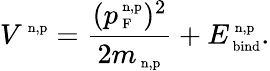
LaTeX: V^{\mathrm{\scriptsize~n,p}}=\frac{(p_{\mathrm{\scriptsize~F}}^{\mathrm{\scriptsize~n,p}})^{2}}{2m_{\mathrm{\scriptsize~n,p}}}+E_{\mathrm{\scriptsize~bind}}^{\mathrm{\scriptsize~n,p}}.